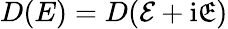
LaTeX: D(E)=D(\mathcal{E}+\mathrm{i}\mathfrak{E})